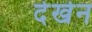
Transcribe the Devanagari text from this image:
देखेन